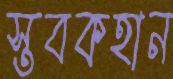
স্তবকহান